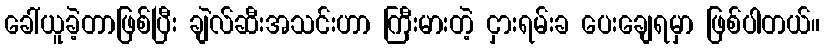
ခေါ်ယူခဲ့တာဖြစ်ပြီး ချဲလ်ဆီးအသင်းဟာ ကြီးမားတဲ့ ငှားရမ်းခ ပေးချေရမှာ ဖြစ်ပါတယ်။